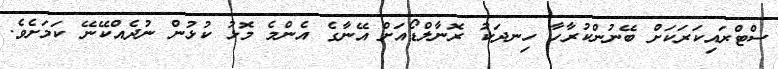
ސްޓްރައިކަރަކަށް ބޭނުންކުރާހާ ހިނދަކު ރޮނާލްޑޯއަށް އޭނާގެ އެންމެ މޮޅު ކުޅުން ނުދެއްކޭނޭ ކަމަށެވެ.